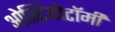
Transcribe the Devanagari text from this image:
ओस्टियोटॉमी